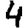
Digit: 4